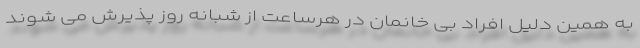
به همین دلیل افراد بی خانمان در هرساعت از شبانه روز پذیرش می شوند